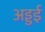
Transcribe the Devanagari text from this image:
अड्डई